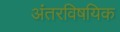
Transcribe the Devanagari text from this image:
अंतरविषयिक